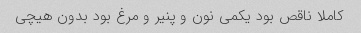
کاملا ناقص بود یکمی نون و پنیر و مرغ بود بدون هیچی